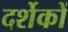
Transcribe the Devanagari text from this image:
दर्शेकों